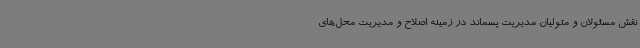
نقش مسئولان و متولیان مدیریت پسماند در زمینه اصلاح و مدیریت محل‌های